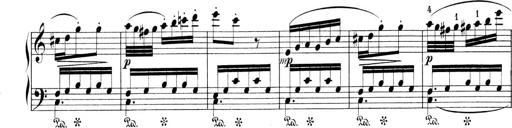
Title: 9 Sonatinen
Composer: Alexander Winterberger